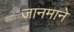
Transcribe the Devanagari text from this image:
जानमाने